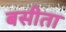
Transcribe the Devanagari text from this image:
बसीता